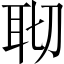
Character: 𦕀